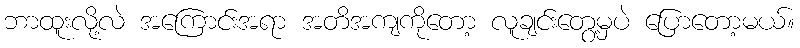
ဘာထူးလို့လဲ အကြောင်းအရာ အတိအကျကိုတော့ လူချင်းတွေ့မှပဲ ပြောတော့မယ်။